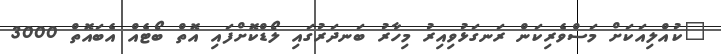
"ކުއްލިއަކަށް މަސްވެރިކަން ރަނގަޅުވިއިރު މިހާރު ބަނދަރުގައި ލޯޑްކޮށްފައި އޮތް ބޯޓެއް އެބައޮތް 3000